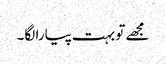
مجھے تو بہت پیارا لگا۔